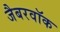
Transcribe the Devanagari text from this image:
जैबरवॉक